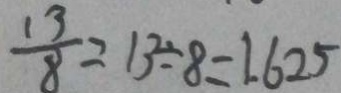
\frac { 1 3 } { 8 } = 1 3 \div 8 = 1 . 6 2 5